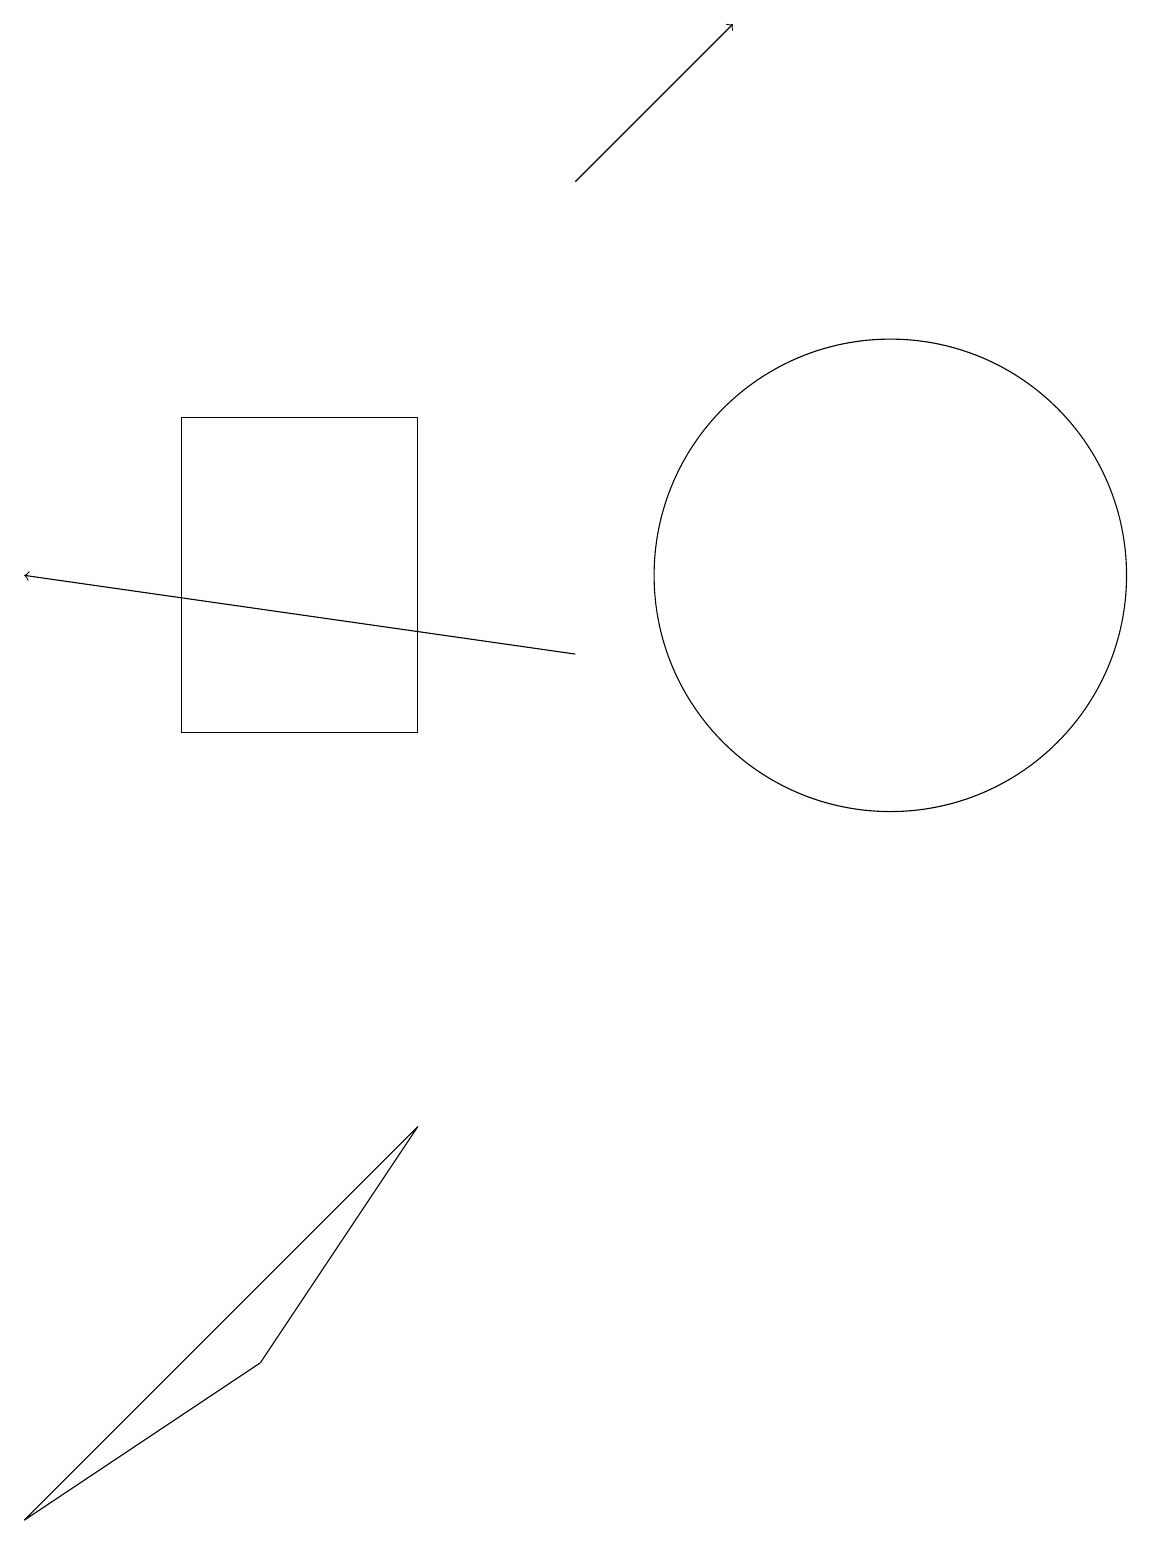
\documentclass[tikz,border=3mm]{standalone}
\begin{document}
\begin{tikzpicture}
\draw[->] (7,11) -- (0,12);
\draw (5,10) rectangle (2,14);
\draw (5,5) -- (3,2) -- (0,0) -- cycle;
\draw[->] (7,17) -- (9,19);
\draw (11,12) circle (3);
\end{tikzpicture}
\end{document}